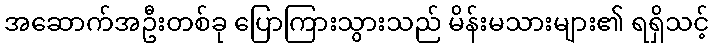
အဆောက်အဦးတစ်ခု ပြောကြားသွားသည် မိန်းမသားများ၏ ရရှိသင့်